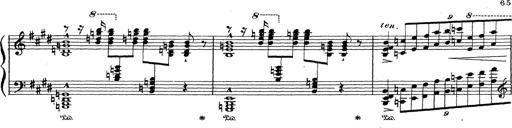
Title: Grosses Konzertsolo
Composer: Franz Liszt